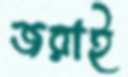
জরাই